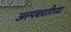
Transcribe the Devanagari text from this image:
अल्पबचतीच्या